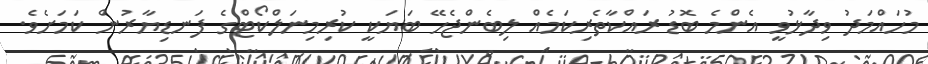
މުހައްމަދު ވިދާޅުވީ އެންމެ ބޮޑު ރައްކާތެރިކަމެއް ލިބެންޖެހޭ ބަޔަކީ ކުރިމިނަލްކޯޓްގެ ފަނޑިޔާރުން ކަމަށެވެ.